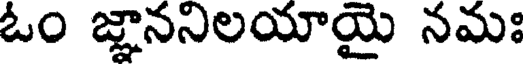
ఓం జ్ఞాననిలయాయై నమః